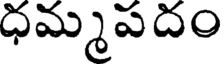
ధమ్మపదం